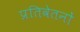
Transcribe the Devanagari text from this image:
प्रतिवेतनों